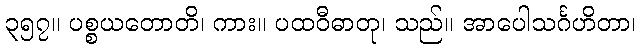
၃၅၇။ ပစ္စယတောတိ၊ ကား။ ပထဝီဓာတု၊ သည်။ အာပေါသင်္ဂဟိတာ၊